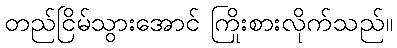
တည်ငြိမ်သွားအောင် ကြိုးစားလိုက်သည်။